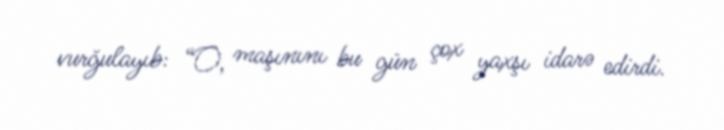
vurğulayıb: “O, maşınını bu gün çox yaxşı idarə edirdi.